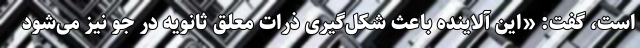
است، گفت: «این آلاینده باعث شکل‌گیری ذرات معلق ثانویه در جو نیز می‌شود